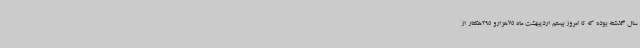
سال گذشته بوده که تا امروز بیستم اردیبهشت ماه 75هزارو 295هکتار از